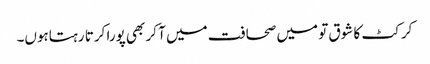
کرکٹ کا شوق تو میں صحافت میں آ کر بھی پورا کرتا رہتاہوں۔